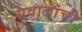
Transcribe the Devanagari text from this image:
सवालांची